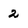
Character: 2